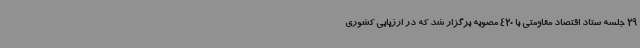
29 جلسه ستاد اقتصاد مقاومتی با 420 مصوبه برگزار شد که در ارزیابی کشوری